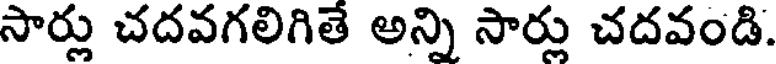
సార్లు చదవగలిగితే అన్ని సార్లు చదవండి.